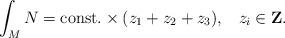
LaTeX: \begin{align*}\int_M N = \mbox{const.}\times (z_1 + z_2 + z_3), \;\;\; z_i \in\mbox{{\bf Z}}.\end{align*}